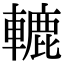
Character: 轆